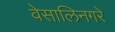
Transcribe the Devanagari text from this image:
वेसालिनगरे